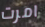
امرت